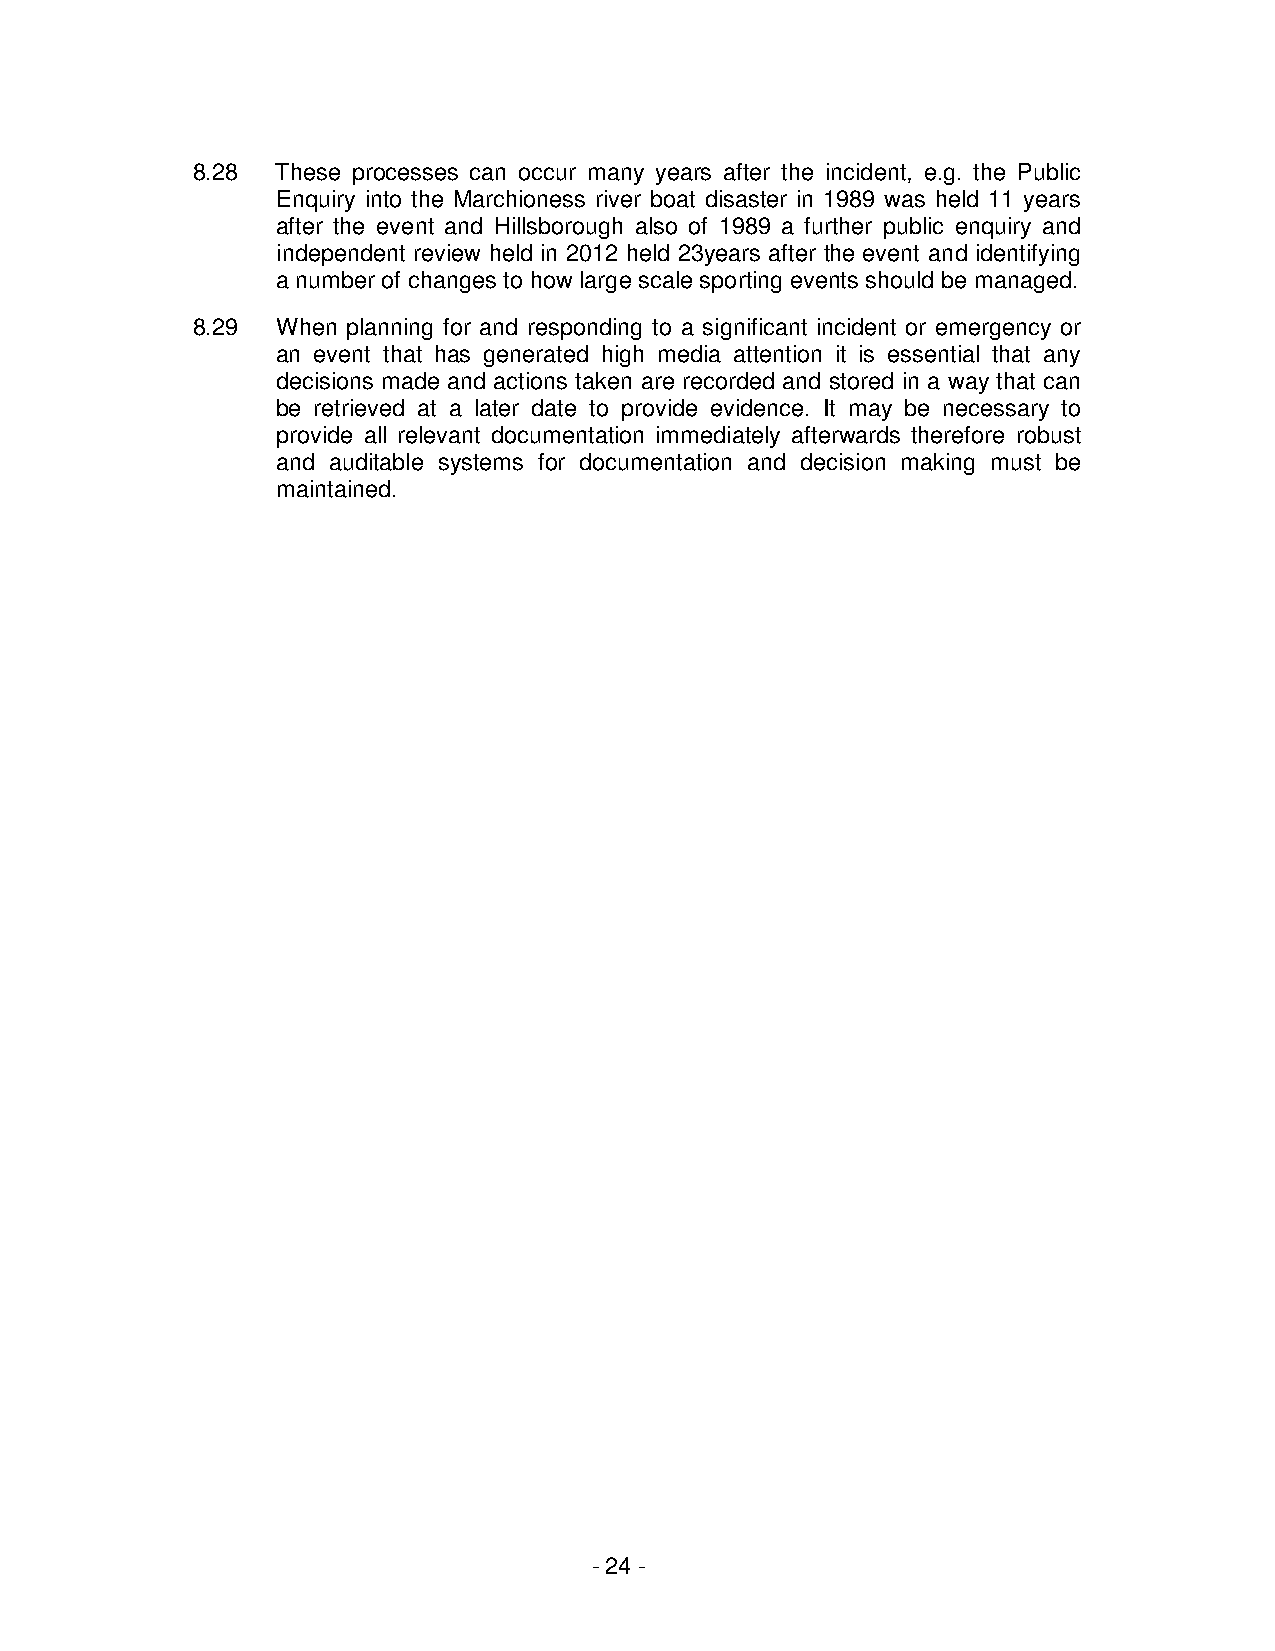
8.28 These processes can occur many years after the incident, e.g. the Public
 Enquiry into the Marchioness river boat disaster in 1989 was held 11 years
 after the event and Hillsborough also of 1989 a further public enquiry and
 independent review held in 2012 held 23years after the event and identifying
 a number of changes to how large scale sporting events should be managed.
 8.29 When planning for and responding to a significant incident or emergency or
 an event that has generated high media attention it is essential that any
 decisions made and actions taken are recorded and stored in a way that can
 be retrieved at a later date to provide evidence. It may be necessary to
 provide all relevant documentation immediately afterwards therefore robust
 and auditable systems for documentation and decision making must be
 maintained.
 - 24 -